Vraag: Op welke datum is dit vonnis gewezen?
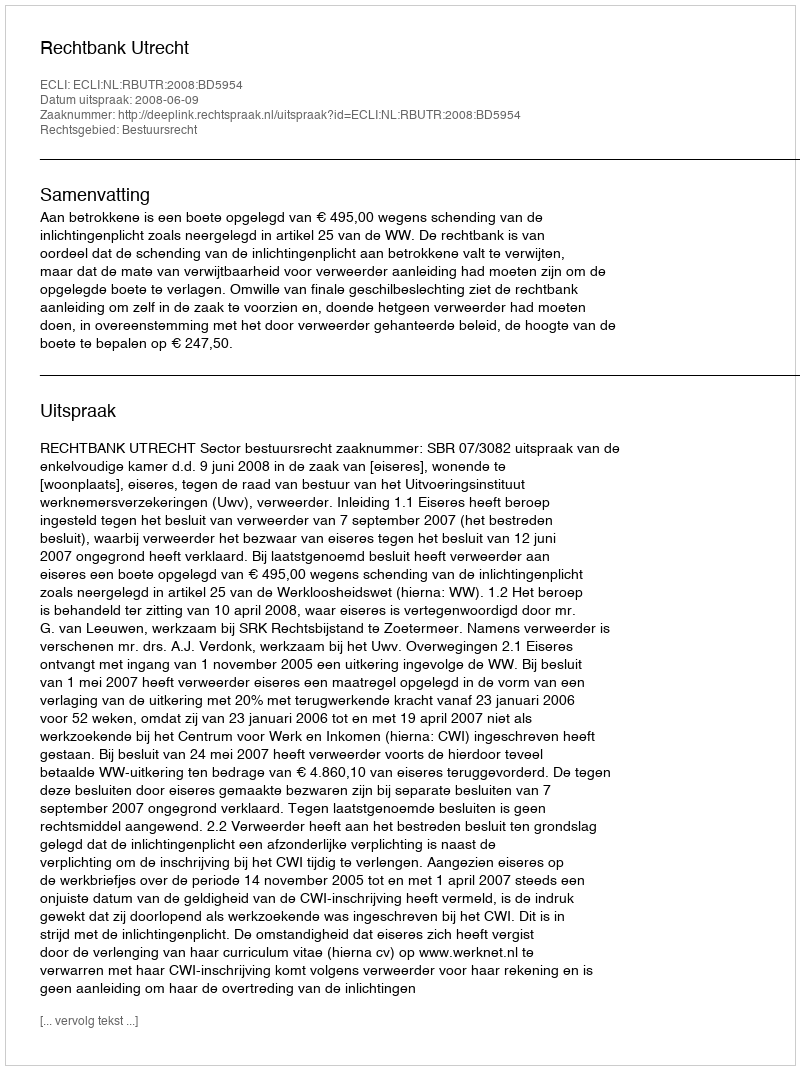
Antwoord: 2008-06-09